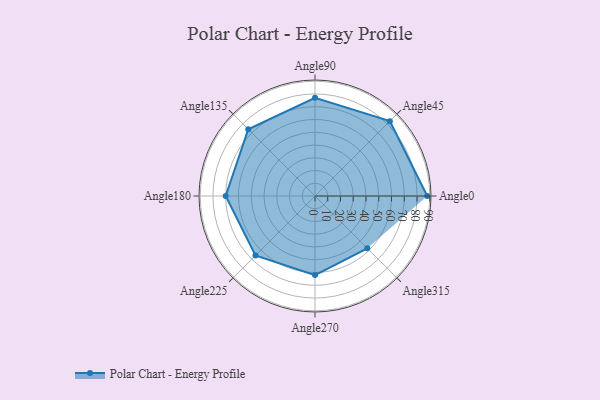
{"axis": {"x": "Angle", "y": "Radius"}, "legend": [""], "data": [{"x": "Angle0", "y": 88.0, "type": ""}, {"x": "Angle45", "y": 83.0, "type": ""}, {"x": "Angle90", "y": 77.0, "type": ""}, {"x": "Angle135", "y": 74.0, "type": ""}, {"x": "Angle180", "y": 70.0, "type": ""}, {"x": "Angle225", "y": 66.0, "type": ""}, {"x": "Angle270", "y": 62.0, "type": ""}, {"x": "Angle315", "y": 58.0, "type": ""}]}